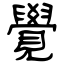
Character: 覺